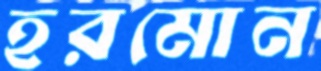
হরমোন